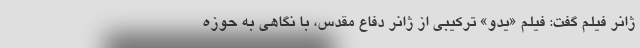
ژانر فیلم گفت: فیلم «یدو» ترکیبی از ژانر دفاع مقدس، با نگاهی به حوزه